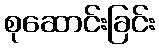
စုဆောင်းခြင်း